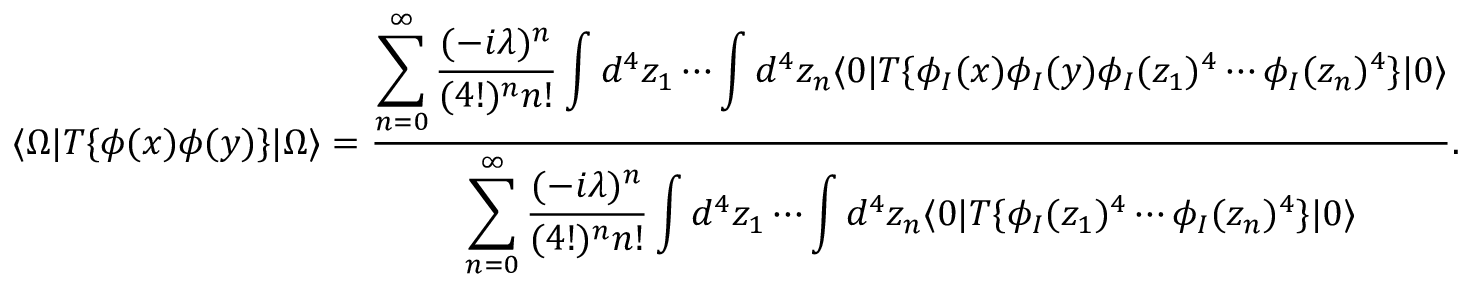
\langle \Omega | T \{ \phi ( x ) \phi ( y ) \} | \Omega \rangle = { \frac { \displaystyle \sum _ { n = 0 } ^ { \infty } { \frac { ( - i \lambda ) ^ { n } } { ( 4 ! ) ^ { n } n ! } } \int d ^ { 4 } z _ { 1 } \cdots \int d ^ { 4 } z _ { n } \langle 0 | T \{ \phi _ { I } ( x ) \phi _ { I } ( y ) \phi _ { I } ( z _ { 1 } ) ^ { 4 } \cdots \phi _ { I } ( z _ { n } ) ^ { 4 } \} | 0 \rangle } { \displaystyle \sum _ { n = 0 } ^ { \infty } { \frac { ( - i \lambda ) ^ { n } } { ( 4 ! ) ^ { n } n ! } } \int d ^ { 4 } z _ { 1 } \cdots \int d ^ { 4 } z _ { n } \langle 0 | T \{ \phi _ { I } ( z _ { 1 } ) ^ { 4 } \cdots \phi _ { I } ( z _ { n } ) ^ { 4 } \} | 0 \rangle } } .